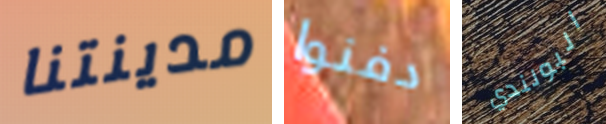
مدينتنا دفنوا البولندي